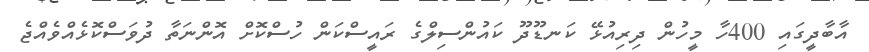
އާބާދީގައި 400ހާ މީހުން ދިރިއުޅޭ ކަނޑޫދޫ ކައުންސިލްގެ ރައީސްކަން ހުސްކޮށް އޮންނަތާ ދުވަސްކޮޅެއްވެއްޖެ